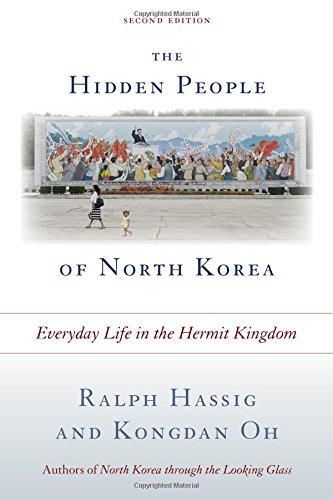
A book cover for The Hidden People of North Korea: Everyday Life in the Hermit Kingdom; Ralph Hassig; History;